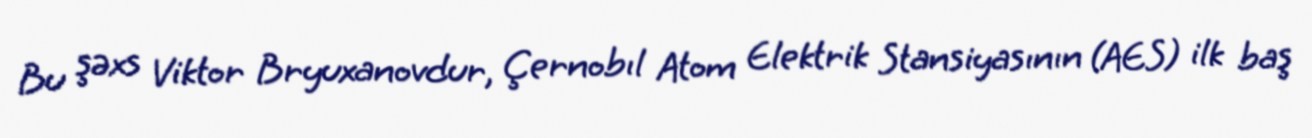
Bu şəxs Viktor Bryuxanovdur, Çernobıl Atom Elektrik Stansiyasının (AES) ilk baş